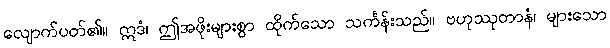
လျောက်ပတ်၏။ ဣဒံ၊ ဤအဖိုးများစွာ ထိုက်သော သင်္ကန်းသည်။ ဗဟုဿုတာနံ၊ များသော